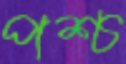
পশ্চ